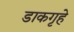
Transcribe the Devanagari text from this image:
डाकगृहे